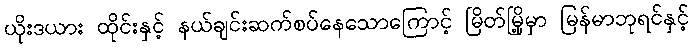
ယိုးဒယား ထိုင်းနှင့် နယ်ချင်းဆက်စပ်နေသောကြောင့် မြိတ်မြို့မှာ မြန်မာဘုရင်နှင့်